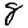
Digit: 8